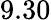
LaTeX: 9.30